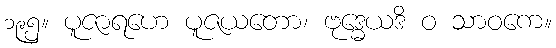
၁၉၅။ ပူဇာရဟေ ပူဇယတော၊ ဗုဒ္ဓေယဒိ ဝ သာဝကေ။